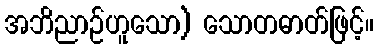
အဘိညာဉ်ဟူသော) သောတဓာတ်ဖြင့်။